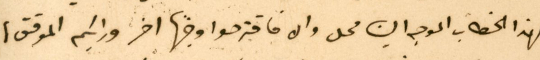
بهذا الخطاب الموجه الينا محل والا فاقترحوا وجهًا اخر ورايكم الموقق،